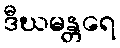
ဒီဃမန္တရေ